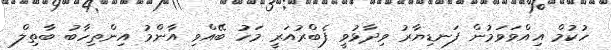
ހުކުމް އިއްވަވަމުން ފަނޑިޔާރު ވިދާޅުވީ ފެބްރުއަރީ މަހު ބޭއްވި އާންމު އިންތިހާބު ބާތިލް